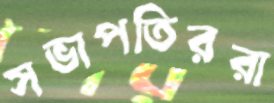
সভাপতিররা